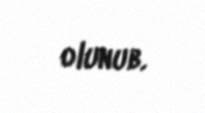
olunub.